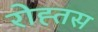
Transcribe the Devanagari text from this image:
रोह्तस